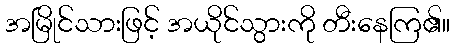
အမြိုင်သားဖြင့် အယိုင်သွားကို တီးနေကြ၏။